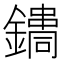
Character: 𨭳